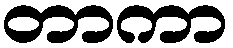
တာကာ